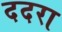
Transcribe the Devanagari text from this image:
ददरा